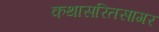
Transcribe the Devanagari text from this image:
कथासरितसागर